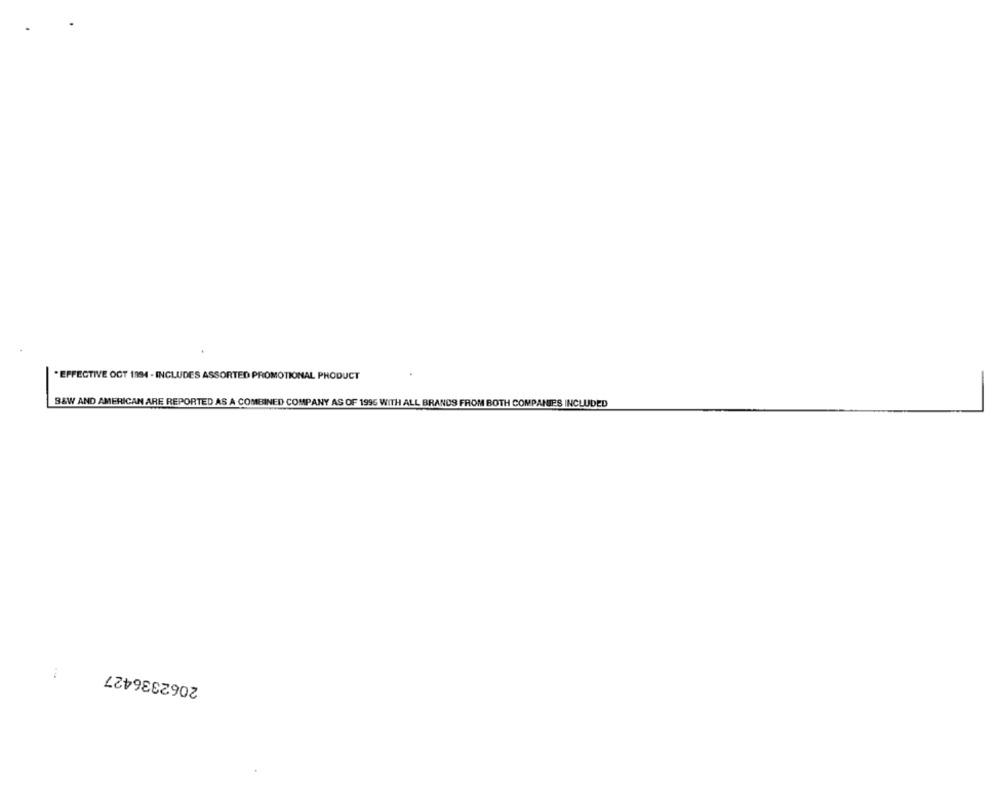
. EFFECTIVE OCT 1994 - INCLUDES ASSORTED PROMOTIONAL PRODUCT
B&W AND AMERICAN ARE REPORTED AS A COMBINED COMPANY AS OF 1995 WITH ALL BRANDS FROM BOTH COMPANIES INCLUDED
2062336427